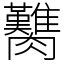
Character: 臡